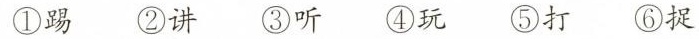
①踢②讲③听④玩⑤打⑥捉